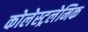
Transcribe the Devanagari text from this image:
कोलेस्ट्रलेमिक